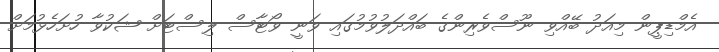
އެމްޑިޕީން މިއަދު ބޭއްވި ނޫސްވެރިންގެ ބައްދަލުވުމުގައި ވަނީ ވޯޓާސް ލިސްޓަށް ޝަކުވާ ހުށަހެޅުމަށް